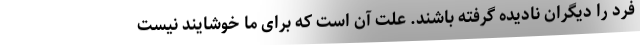
فرد را دیگران نادیده گرفته باشند. علت آن است که برای ما خوشایند نیست